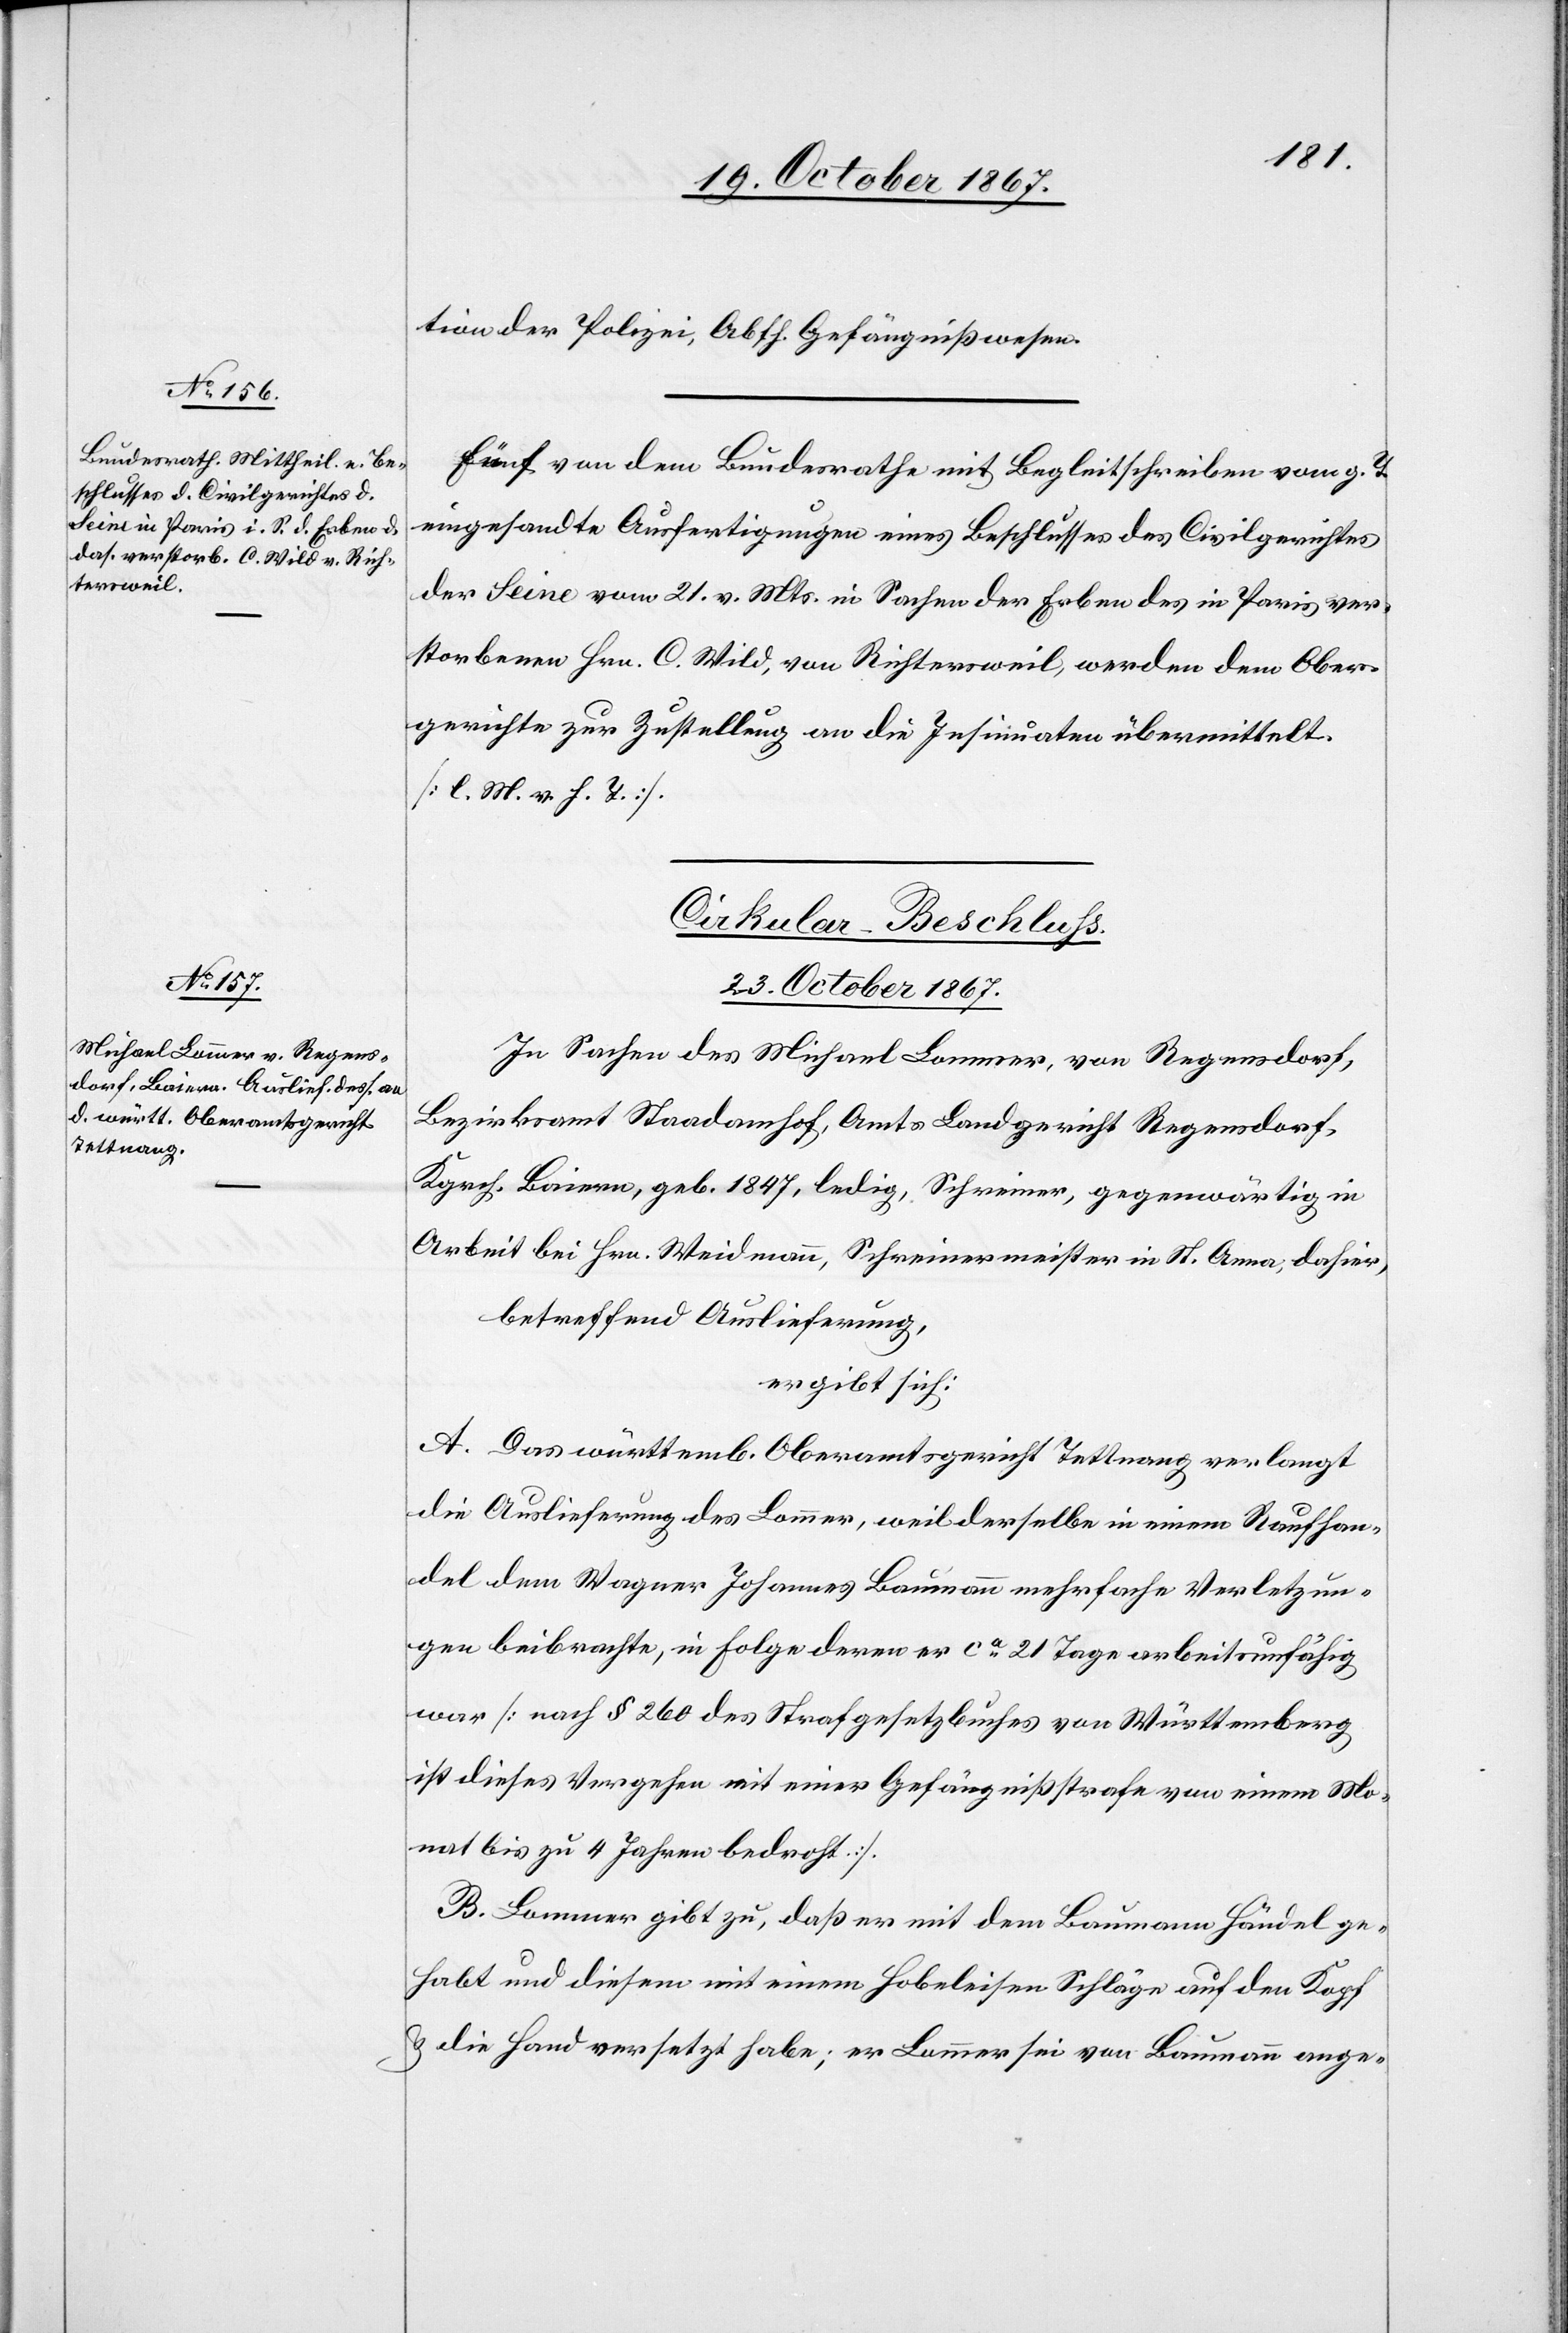
tion der Polizei, Abth. Gefängnißwesen.
Fünf von dem Bundesrathe mit Begleitschreiben vom g. T.
eingesandte Ausfertigungen eines Beschlusses des Civilgerichtes
der Sine vom 21. v. Mts. in Sachen der Erben des in Paris ver¬
storbenen Hrn. C. Wild, von Richtersweil, werden dem Ober¬
gerichte zur Zustellung an die Insinuaten übermittelt.
[l. M. v. h. T.]
Cirkular-Beschluß.
23. October 1867.
In Sachen des Michael Lammer, von Regensdorf,
Bezirksamt Staadamhof, Amts Landgericht Regensdorf,
Kgrch. Baiern, geb. 1847, ledig, Schreiner, gegenwärtig in
Arbeit bei Hrn. Weidmann, Schreinermeister in St. Anna, dahier,
betreffend Auslieferung,
ergibt sich:
A. Das württemb. Oberamtsgericht Tettnang verlangt
die Auslieferung des Lammer, weil derselbe in einem Raufhan¬
del dem Wagner Johannes Baumann mehrfache Verletzun¬
gen beibrachte, in Folge derer er ca 21 Tage arbeitsunfähig
war [nach § 260 des Strafgesetzbuches von Württemberg
ist dieses Vergehen mit einer Gefängnißstrafe von einem Mo¬
nat bis zu 4 Jahren bedacht].
B. Lammer gibt zu, daß er mit dem Baumann Händel ge¬
habt und diesem mit einem Hobeleisen Schläge auf den Kopf
u. die Hand versetzt habe; er, Lammer, sei von Baumann ange-